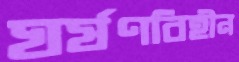
ঘর্ষণবিহীন